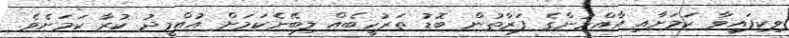
ވިކިފައިވާ ކަމަށާއި އާއްމުންގެ ފަރާތުން ބޮޑު ތަރުހީބެއް ލިބޭނެކަމަށް އުއްމީދު ކުރާ ކަަމަށެވެ.